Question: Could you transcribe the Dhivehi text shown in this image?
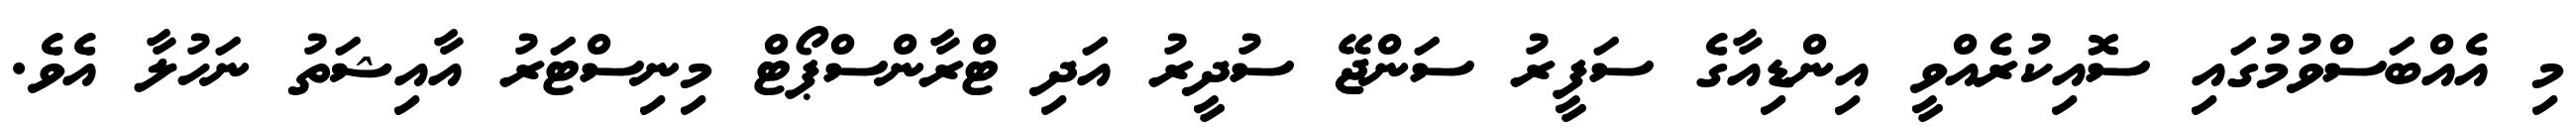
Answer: މި އެއްބަސްވުމުގައި ސޮއިކުރެއްވީ އިންޑިއާގެ ސަފީރު ސަންޖޭ ސުދީރު އަދި ޓްރާންސްޕޯޓް މިނިސްޓަރު އާއިޝަތު ނަހުލާ އެވެ.